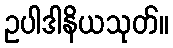
ဥပါဒါနိယသုတ်။